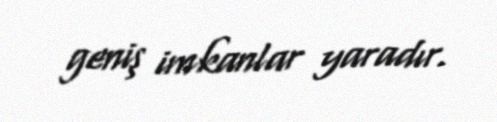
geniş imkanlar yaradır.